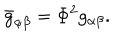
LaTeX: \bar { g } _ { \alpha \beta } = \Phi ^ { 2 } g _ { \alpha \beta } .